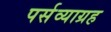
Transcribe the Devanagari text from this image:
पर्सव्याग्रह